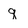
Character: q